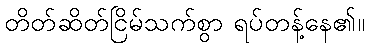
တိတ်ဆိတ်ငြိမ်သက်စွာ ရပ်တန့်နေ၏။